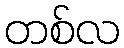
တစ်လ